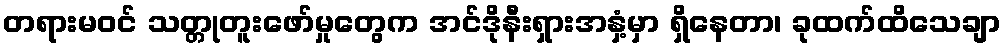
တရားမဝင် သတ္တုတူးဖော်မှုတွေက အင်ဒိုနီးရှားအနှံ့မှာ ရှိနေတာ၊ ခုထက်ထိသေချာ